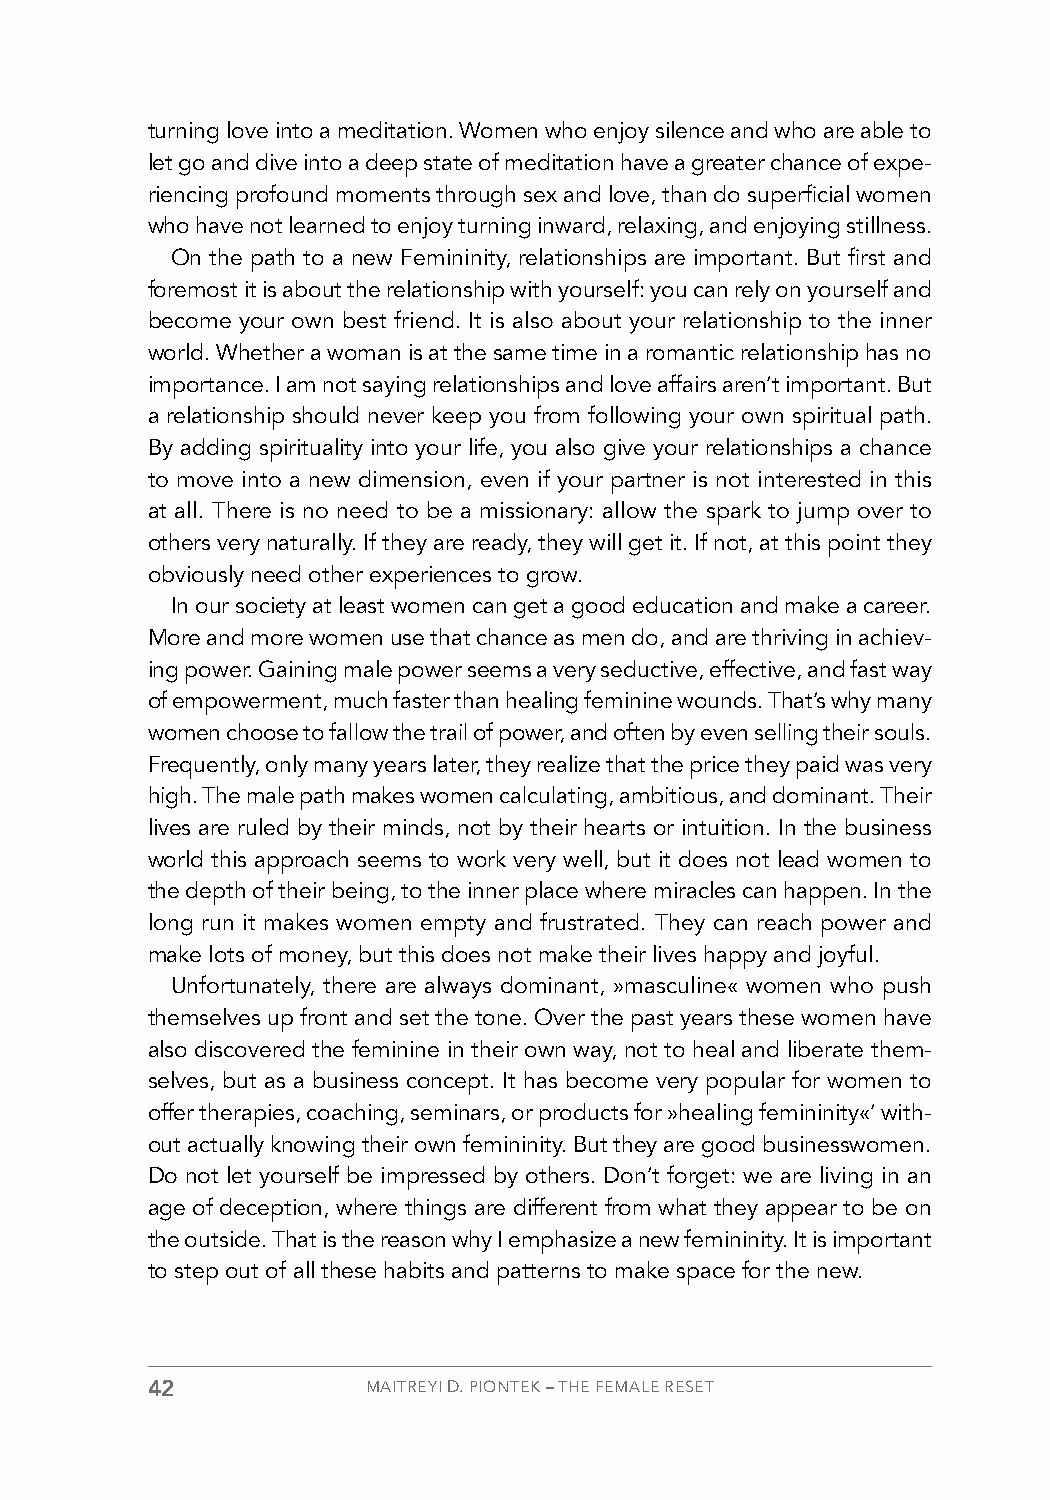
turning love into a meditation. Women who enjoy silence and who are able to
 let go and dive into a deep state of meditation have a greater chance of expe-
 riencing profound moments through sex and love, than do superficial women
 who have not learned to enjoy turning inward, relaxing, and enjoying stillness.
 On the path to a new Femininity, relationships are important. But first and
 foremost it is about the relationship with yourself: you can rely on yourself and
 become your own best friend. It is also about your relationship to the inner
 world. Whether a woman is at the same time in a romantic relationship has no
 importance. I am not saying relationships and love affairs aren’t important. But
 a relationship should never keep you from following your own spiritual path.
 By adding spirituality into your life, you also give your relationships a chance
 to move into a new dimension, even if your partner is not interested in this
 at all. There is no need to be a missionary: allow the spark to jump over to
 others very naturally. If they are ready, they will get it. If not, at this point they
 obviously need other experiences to grow.
 In our society at least women can get a good education and make a career.
 More and more women use that chance as men do, and are thriving in achiev-
 ing power. Gaining male power seems a very seductive, effective, and fast way
 of empowerment, much faster than healing feminine wounds. That’s why many
 women choose to fallow the trail of power, and often by even selling their souls.
 Frequently, only many years later, they realize that the price they paid was very
 high. The male path makes women calculating, ambitious, and dominant. Their
 lives are ruled by their minds, not by their hearts or intuition. In the business
 world this approach seems to work very well, but it does not lead women to
 the depth of their being, to the inner place where miracles can happen. In the
 long run it makes women empty and frustrated. They can reach power and
 make lots of money, but this does not make their lives happy and joyful.
 Unfortunately, there are always dominant, »masculine« women who push
 themselves up front and set the tone. Over the past years these women have
 also discovered the feminine in their own way, not to heal and liberate them-
 selves, but as a business concept. It has become very popular for women to
 offer therapies, coaching, seminars, or products for »healing femininity«’ with-
 out actually knowing their own femininity. But they are good businesswomen.
 Do not let yourself be impressed by others. Don’t forget: we are living in an
 age of deception, where things are different from what they appear to be on
 the outside. That is the reason why I emphasize a new femininity. It is important
 to step out of all these habits and patterns to make space for the new.
 42            MAITREYI D. PIONTEK – THE FEMALE RESET